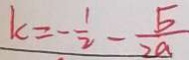
k = - \frac { 1 } { 2 } - \frac { 5 } { 2 a }